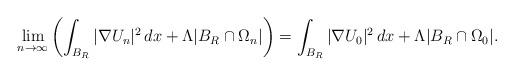
LaTeX: \begin{align*}\lim_{n\to\infty}\left(\int_{B_R}|\nabla U_{n}|^2\,dx+\Lambda|B_R\cap{\Omega_n}|\right)=\int_{B_R}|\nabla U_0|^2\,dx+\Lambda|B_R\cap\Omega_0|.\end{align*}